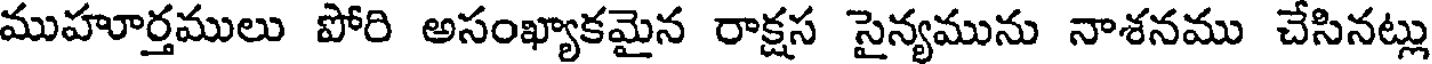
ముహూర్తములు పోరి అసంఖ్యాకమైన రాక్షస సైన్యమును నాశనము చేసినట్లు